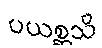
ပယစ္ဆသိ